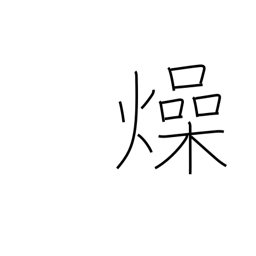
Meaning: parch